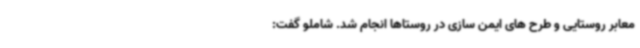
معابر روستایی و طرح های ایمن سازی در روستاها انجام شد. شاملو گفت: